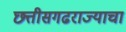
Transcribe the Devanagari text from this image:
छत्तीसगढराज्याचा